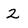
Character: 2